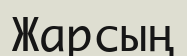
Жарсың